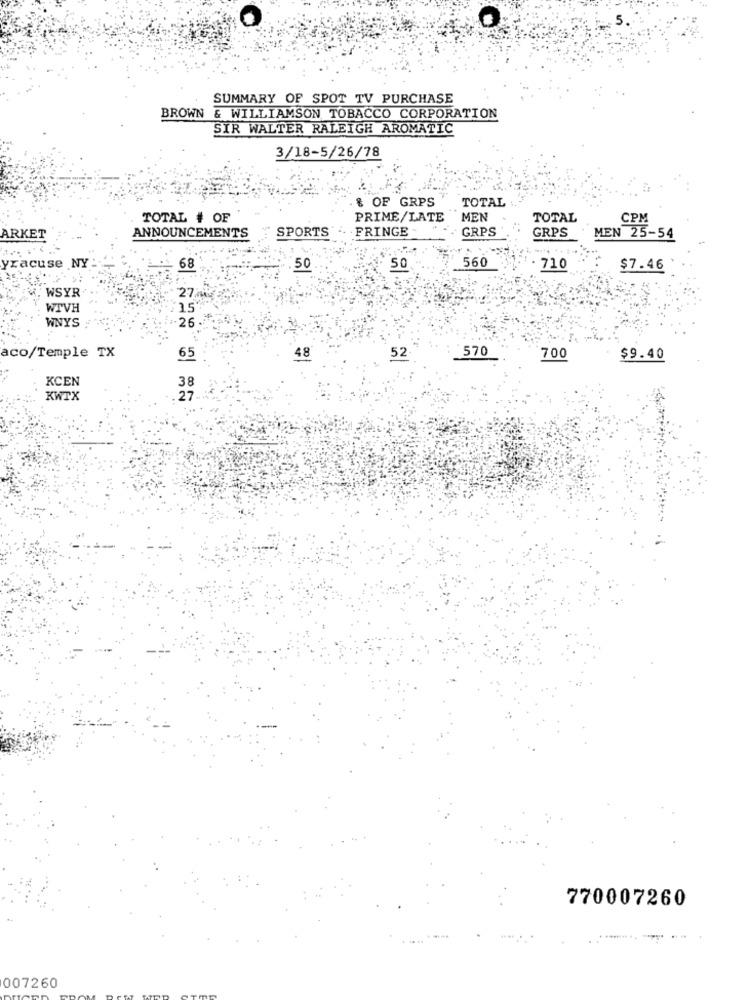
SUMMARY OF SPOT TV PURCHASE
BROWN
& WILLIAMSON TOBACCO CORPORATION
SIR WALTER RALEIGH AROMATIC
3/18-5/26/78
& OF GRPS
TOTAL
TOTAL # OF
PRIME/LATE
MEN
TOTAL
CPM
.. . FRINGE
GRPS
GRPS
ARKET
ANNOUNCEMENTS SPORTS
MEN 25-54
560
yracuse NY
68
50
50
710
$7.46
WSYR
27
WTVH
15
26
WNYS
aco/Temple TX
570
65
48
52
700
$9.40
KCEN
38
KWTX
27
770007260
--------
007260